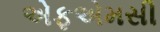
એફએમસી